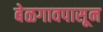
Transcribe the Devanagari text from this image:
बेळगावपासून